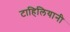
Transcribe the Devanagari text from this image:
टाहिलियानी